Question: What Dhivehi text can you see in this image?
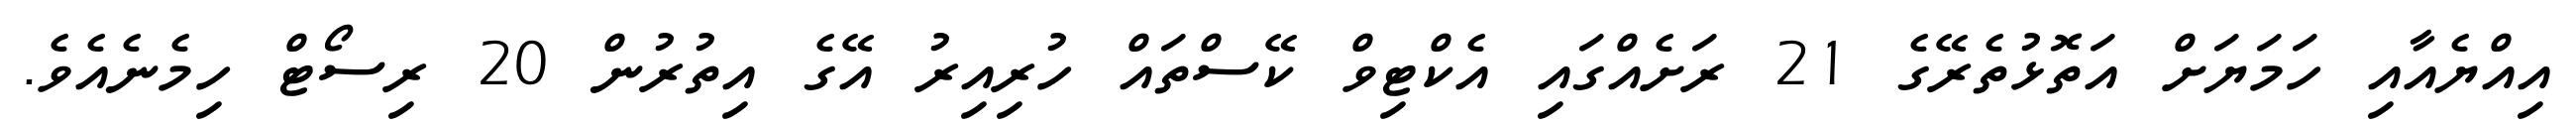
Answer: އިއްޔެއާއި ހަމަޔަށް އަތޮޅުތެރޭގެ 21 ރަށެއްގައި އެކްޓިވް ކޭސްތައް ހުރިއިރު އޭގެ އިތުރުން 20 ރިސޯޓް ހިމެނެއެވެ.